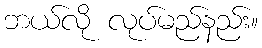
ဘယ်လို လုပ်မည်နည်း။